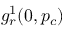
g _ { r } ^ { 1 } ( 0 , p _ { c } )